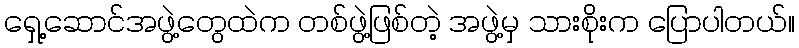
ရှေ့ဆောင်အဖွဲ့တွေထဲက တစ်ဖွဲ့ဖြစ်တဲ့ အဖွဲ့မှ သားစိုးက ပြောပါတယ်။